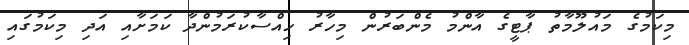
މިކަމުގެ މައުލޫމާތު ޕާޓީގެ އާންމު މެންބަރުން މިހާރު ހިއްސާކުރަމުންދާ ކަމަށާއި އަދި މިކަމުގައި